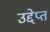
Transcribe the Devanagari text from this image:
उद्देप्त